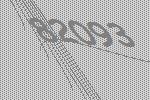
82093